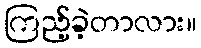
ကြည့်ခဲ့တာလား။